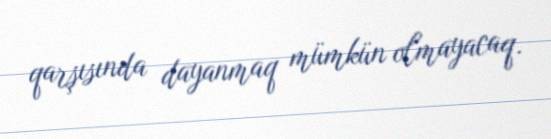
qarşısında dayanmaq mümkün olmayacaq.